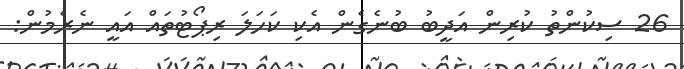
26 ސިކުންތު ކުރިން އަދީބު ބުނެގެން އެކި ކަހަލަ ރިޕޯޓުތައް އައީ ނެރެމުން: